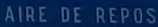
AIRE DE REPOS